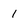
Character: 1